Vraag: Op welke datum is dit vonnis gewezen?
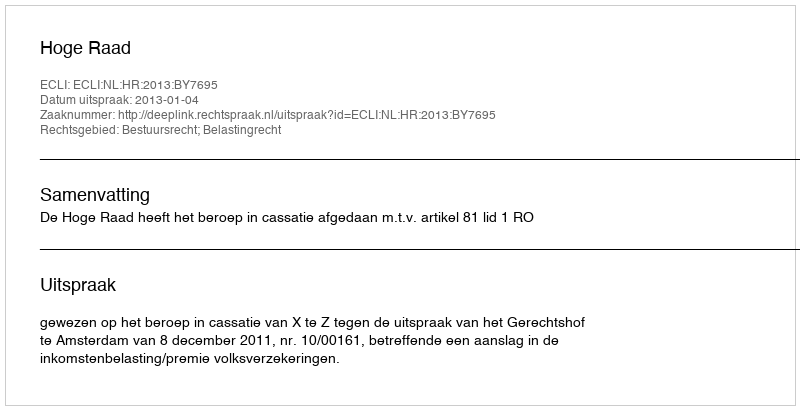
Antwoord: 2013-01-04